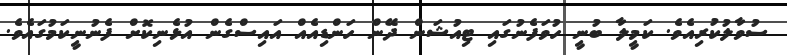
ސުވާލުކުރިއެވެ. ކަމީލާ ބުނީ ހުވަފެނުގައި ޓިއުޝަން ދޭން ހަންޑިއެއް އައިސްގެން އުޅެނިކޮށް ފެނުނީކަމުގައެވެ.